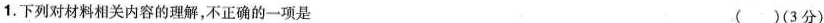
1.下列对材料相关内容的理解，不正确的一项是 ( )(3分)